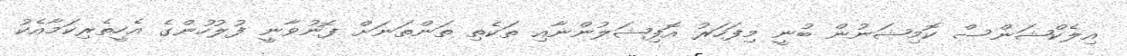
އިލެކްޝަންސް ކޮމިޝަނުން ބުނީ މިފަހަރު އޮފިޝަލުންނާއި ތަކެތި ތަންތަނަށް ފޮނުވާނީ ފުލުހުންގެ އެހީތެރިކަމާއެކު